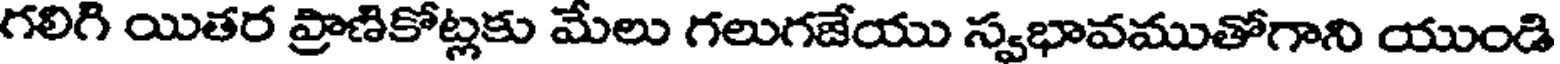
గలిగి యితర ప్రాణికోట్లకు మేలు గలుగజేయు స్వభావముతోగాని యుండి